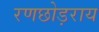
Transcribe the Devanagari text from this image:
रणछोड़राय